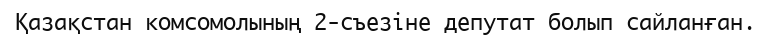
Қазақстан комсомолының 2-съезіне депутат болып сайланған.